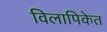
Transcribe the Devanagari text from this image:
विलापिकेत